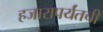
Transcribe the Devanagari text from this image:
हजारापर्यंतची